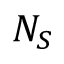
N _ { S }